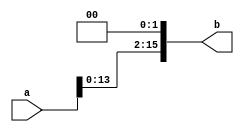
module shift_two(a,b);
input [15:0] a;
output [15:0] b;
reg [15:0]b;
always@(a)begin
b<=a<<2;
end
endmodule